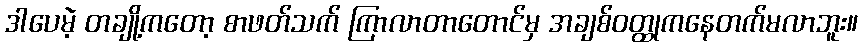
ဒါပေမဲ့ တချို့ကတော့ စာဖတ်သက် ကြာလာတာတောင်မှ အချစ်ဝတ္ထုကနေတက်မလာဘူး။